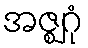
အဇ္ဈဂုံ